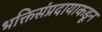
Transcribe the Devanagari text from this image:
भक्तिसंप्रदायाकडून